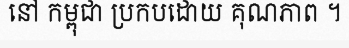
នៅ កម្ពុជា ប្រកបដោយ គុណភាព ។